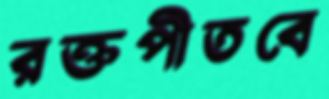
রক্তপীতবে